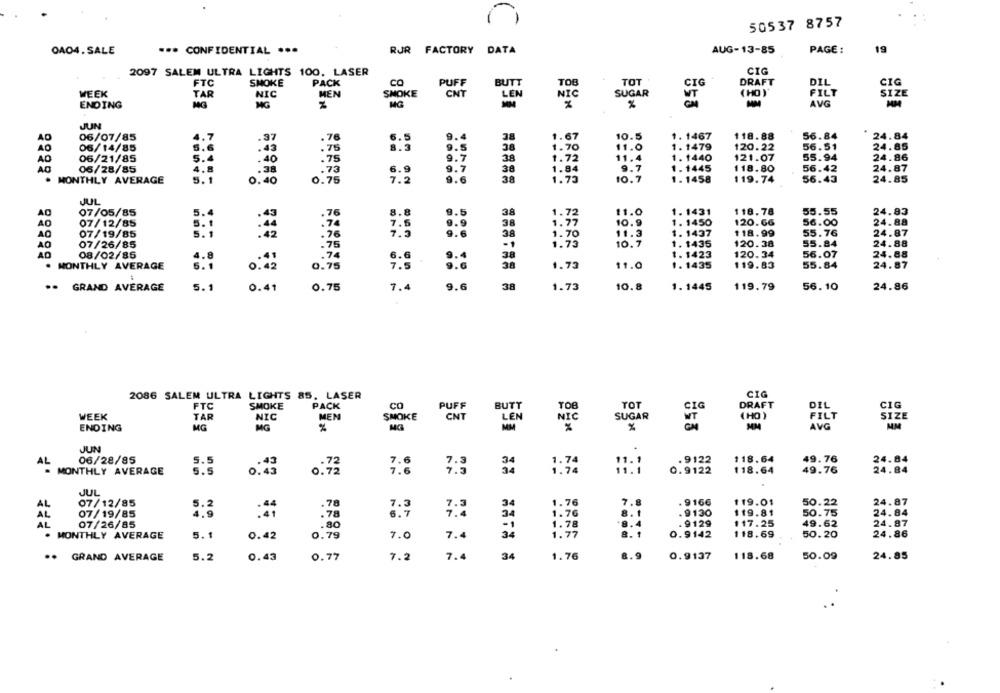
50537 8757
OAO4. SALE
.** CONFIDENTIAL ***
RJR FACTORY DATA
AUG-13-85
PAGE :
19
2097 SALEM ULTRA LIGHTS 100, LASER
CIG
FTC
SMOKE
PACK
co
PUFF
BUTT
TOT
DRAFT
DIL
CIG
IG
WEEK
TAR
NIC
MEN
SMOKE
CNY
LEN
NIC
SUGAR
UT
(HO )
FILT
SIZE
%
AVG
ENDING
MG
JUN
AO
06/07/85
.37
.76
6.5
9.4
1.67
10.5
1. 1467
118.88
56.84
24.84
43
8.3
9.5
38
1. 1479
56.51
24.85
06/14/85
.75
1.70
11.0
120.22
AD
06/21/85
.40
. 75
9.7
38
1.72
11.4
1. 1440
121.07
55.94
24.86
4.8
9.7
9.7
24.87
AG
05/28/85
.73
6.9
38
1.84
1. 1445
118.80
56.42
MONTHLY AVERAGE
5. 1
0.40
0.76
7.2
9.6
1.75
10.7
1 . 1458
119.74
56.43
24.85
JUL
40
07/05/85
5.4
.76
8.8
9.5
38
1. 1431
118.78
55.55
24.83
07/12/85
7.5
1:33
10.9
1. 1450
120.66
56.00
24.88
AO
5. 1
.74
9.9
38
40
07/19/85
5.1
. 76
7.5
38
11.3
1. 1437
118.99
55.76
24.87
1.70
10.7
120.38
55.84
24.88
AO
07/26/85
.75
1. 1435
40
08/02/85
4.8
1. 1423
120.34
56.07
24.88
6.6
11.0
1. 1435
24.87
. MONTHLY AVERAGE
0.42
0.75
1.73
119.83
55.84
·· GRAND AVERAGE
5. 1
0.41
0.75
7.4
9.6
38
1.73
10.8
1. 1445
119.79
56.10
24.86
2086 SALEM ULTRA LIGHTS 85. LASER
CIG
FTC
SMOKE
PACK
CO
PUFF
BUTT
TOB
TOT
CIG
DRAFT
DIL
CIG
WEEK
TAR
NIC
MEN
SMOKE
CNT
LEN
SUGAR
( HO )
FILT
SIZE
NIC
WT
ENDING
MG
MG
MM
%
%
MM
AVG
MM
JUN
7.6
118.64
49.76
24.84
AL
06/28/85
5.5
1.74
11. 1
. 9122
- MONTHLY AVERAGE
5.5
0.72
7.6
7:3
1,74
0.9122
118.64
49.76
24.84
JUL
AL
07/12/85
.78
7.3
7.3
1.76
7.8
. 9166
119.01
50.22
24.87
07/19/85
7:4
34
1.76
8. 1
. 9130
119.81
50.75
24.84
AL
.78
AL
07/26/85
.80
1.78
8.4
. 9129
117.25
49.62
24.87
5.1
7.4
1.77
8.1
0.9142
118.69
50.20
24.86
. MONTHLY AVERAGE
0.42
0.79
7.0
8.9
24.85
.. GRAND AVERAGE
5.2
0.43
0.77
7.2
7.4
34
1.76
0.9137
118.68
50.09